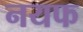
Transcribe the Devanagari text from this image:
नयफ